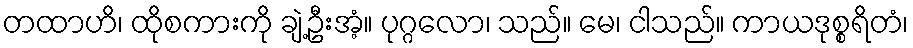
တထာဟိ၊ ထိုစကားကို ချဲ့ဦးအံ့။ ပုဂ္ဂလော၊ သည်။ မေ၊ ငါသည်။ ကာယဒုစ္စရိတံ၊